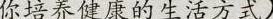
你培养健康的生活方式).